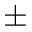
\pm